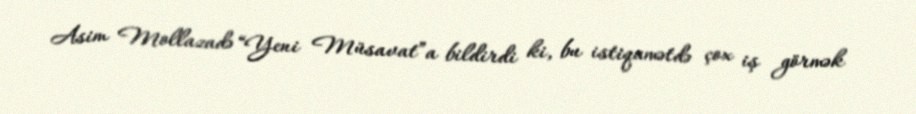
Asim Mollazadə “Yeni Müsavat”a bildirdi ki, bu istiqamətdə çox iş görmək